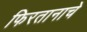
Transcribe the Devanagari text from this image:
फिरतानाचे